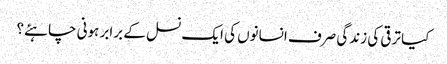
کیا ترقی کی زندگی صرف انسانوں کی ایک نسل کے برابر ہونی چاہئے؟